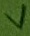
Text: V